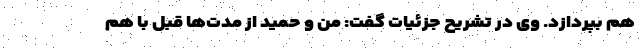
هم بپردازد. وی در تشریح جزئیات گفت: من و حمید از مدت‌ها قبل با هم